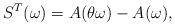
LaTeX: \begin{align*}S^T_{}(\omega)=A(\theta\omega)-A(\omega),\end{align*}